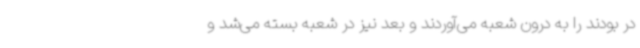
در بودند را به درون شعبه می‌آوردند و بعد نیز در شعبه بسته می‌شد و